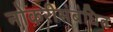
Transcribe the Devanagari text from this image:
नोकरीसंबंधित